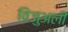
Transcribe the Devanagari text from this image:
विजुअली